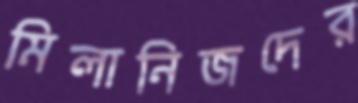
মিলানিজদের